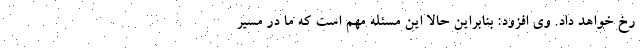
رخ خواهد داد. وی افزود: بنابراین حالا این مسئله مهم است که ما در مسیر